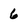
Character: 6